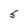
Character: 5